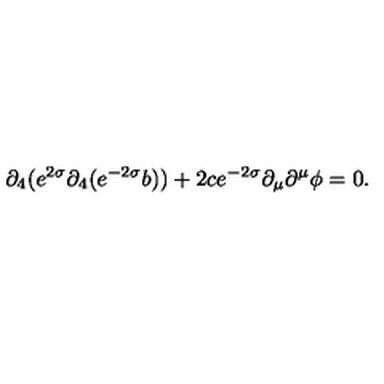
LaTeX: \partial _ { 4 } ( e ^ { 2 \sigma } \partial _ { 4 } ( e ^ { - 2 \sigma } b ) ) + 2 c e ^ { - 2 \sigma } \partial _ { \mu } \partial ^ { \mu } \phi = 0 .